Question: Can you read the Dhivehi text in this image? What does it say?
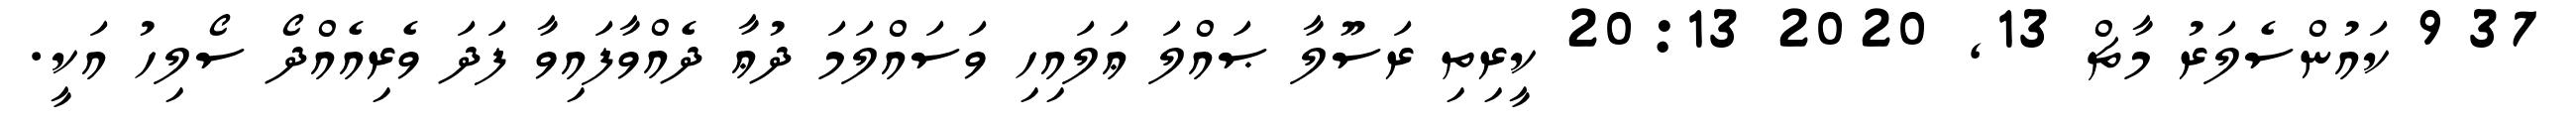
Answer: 37 9 ކައުންސެލަރު މާޗް 13, 2020 20:13 ކީރިތި ރަސޫލާ ޞައްލަ ޢަލައިހި ވަސައްލަމަ ދުޢާ ދެއްވާފައިވާ ފަދަ ވެރިއެއްދޯ ސޯލިހު އަކީ.